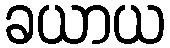
ခယာယ